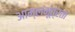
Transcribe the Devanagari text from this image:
आम्लमूत्रता